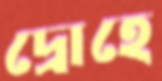
দ্রোহে